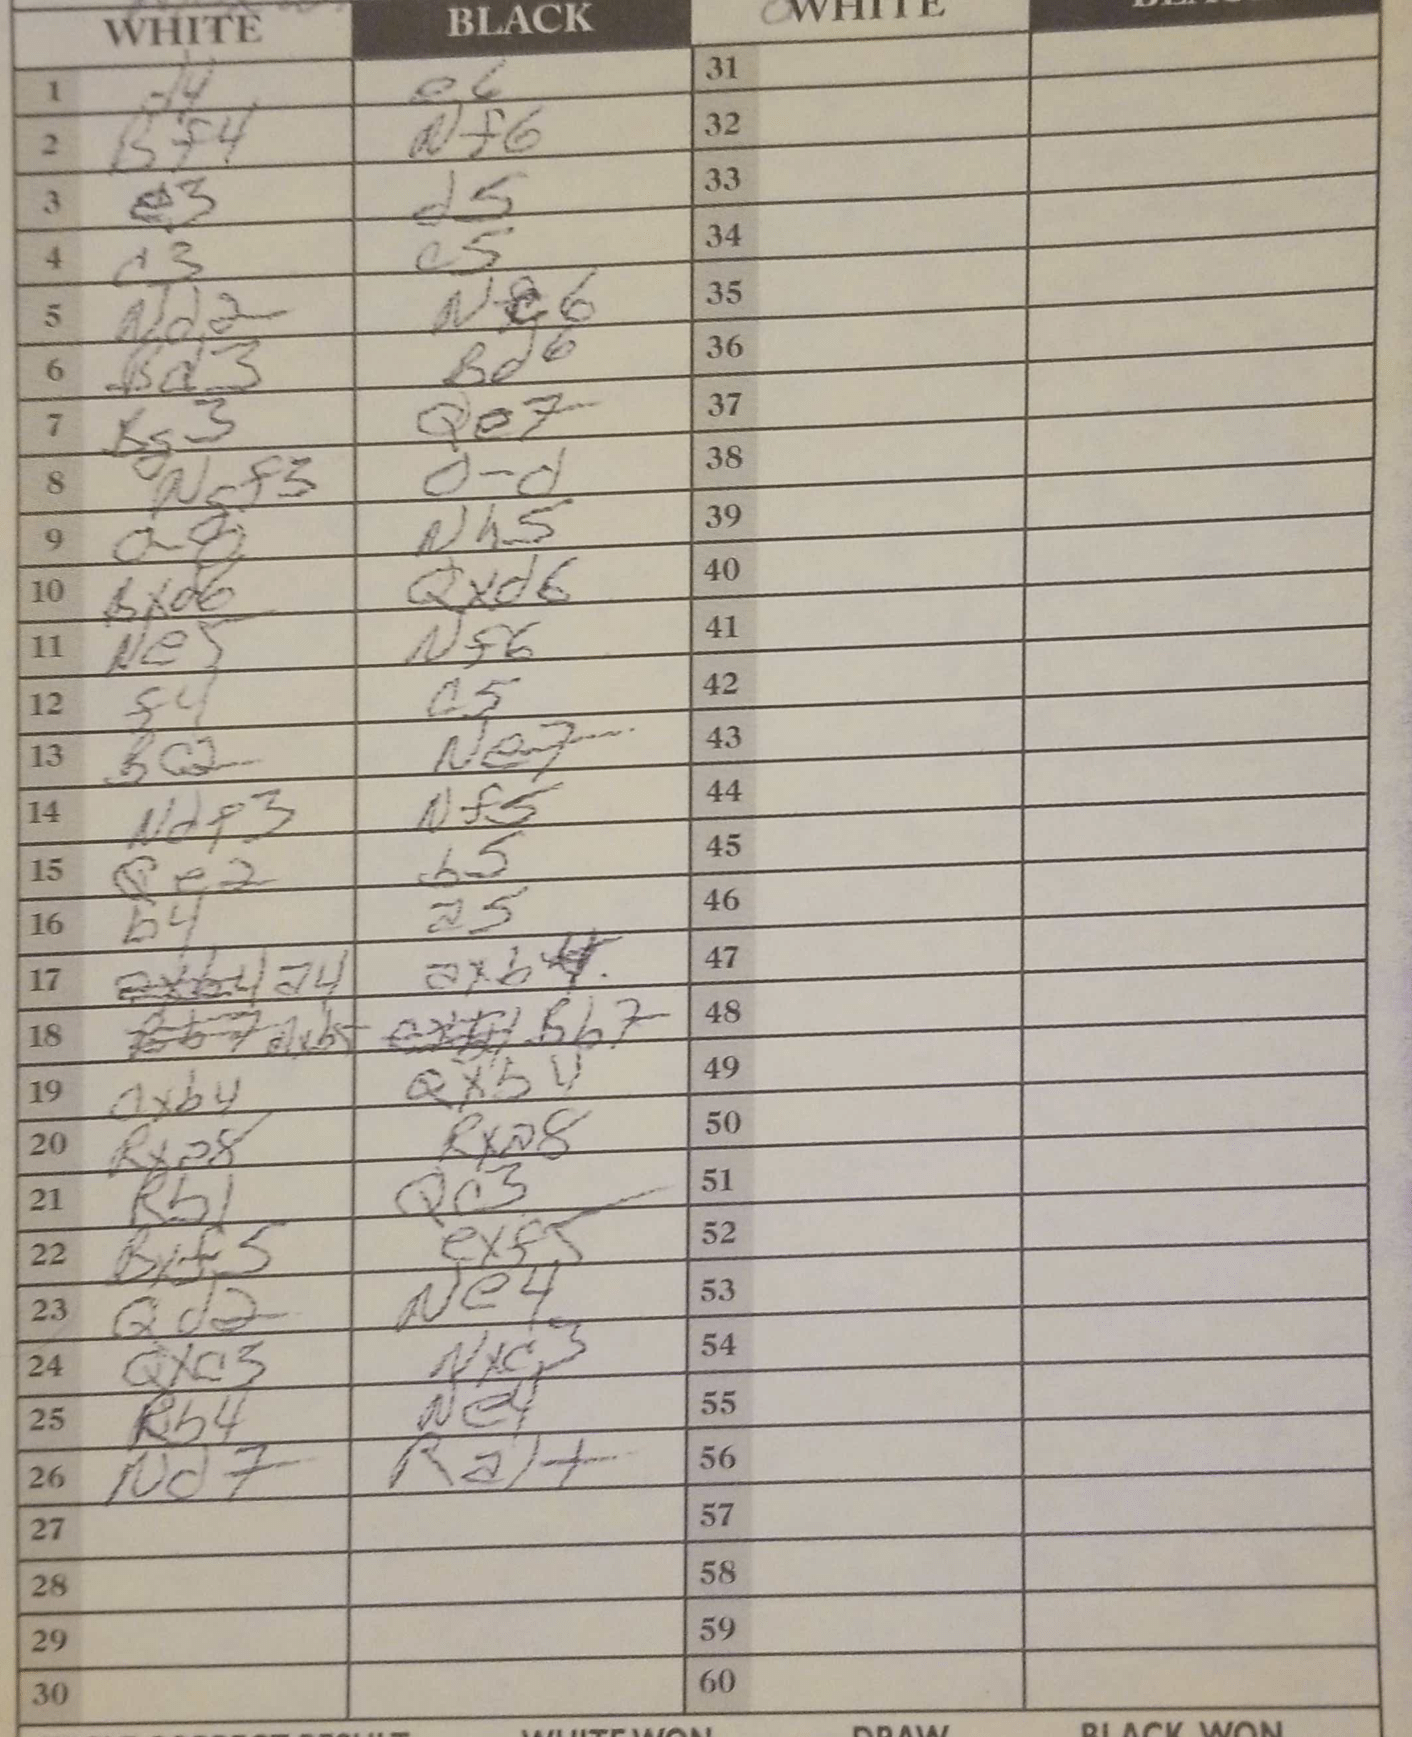
Moves: d4 e6 Bf4 Nf6 e3 d5 c3 e5 Nd2 Nc6 Bd3 Bd6 Bg3 Qe7 Ngf3 O-O O-O Nh5 Bxd6 Qxd6 Ne5 Nf6 f4 c5 Bc2 Ne7 Ndf3 Nf5 Qe2 b5 b4 a5 a4 axb4 Bxb5 Bb7 Qxb4 Qxb4 Rxa8 Rxa8 Rb1 Qc3 Bxf5 exf5 Qd2 Ne4 Qxc3 Nxc3 Rb4 Ne4 Nd7 Ra1+